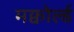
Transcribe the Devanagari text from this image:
मक्वोर्ल्ड